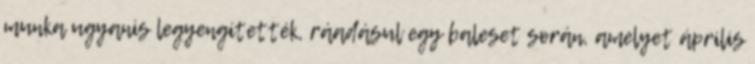
munka ugyanis legyengítették, ráadásul egy baleset során, amelyet április